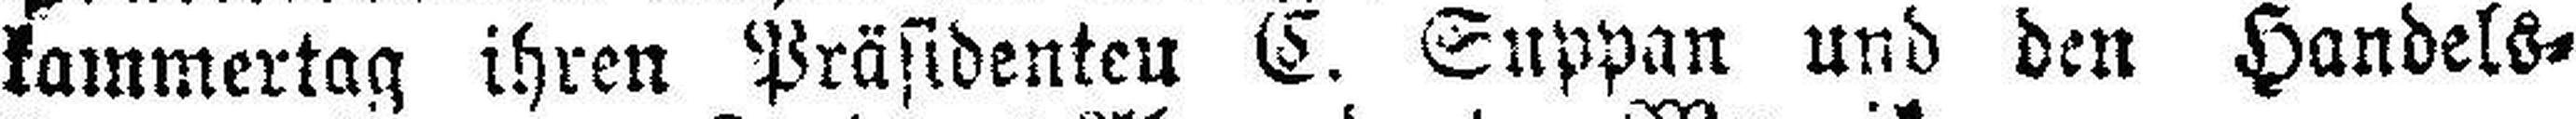
kammertag ihren Präsidenten C. Suppan und den Handels¬